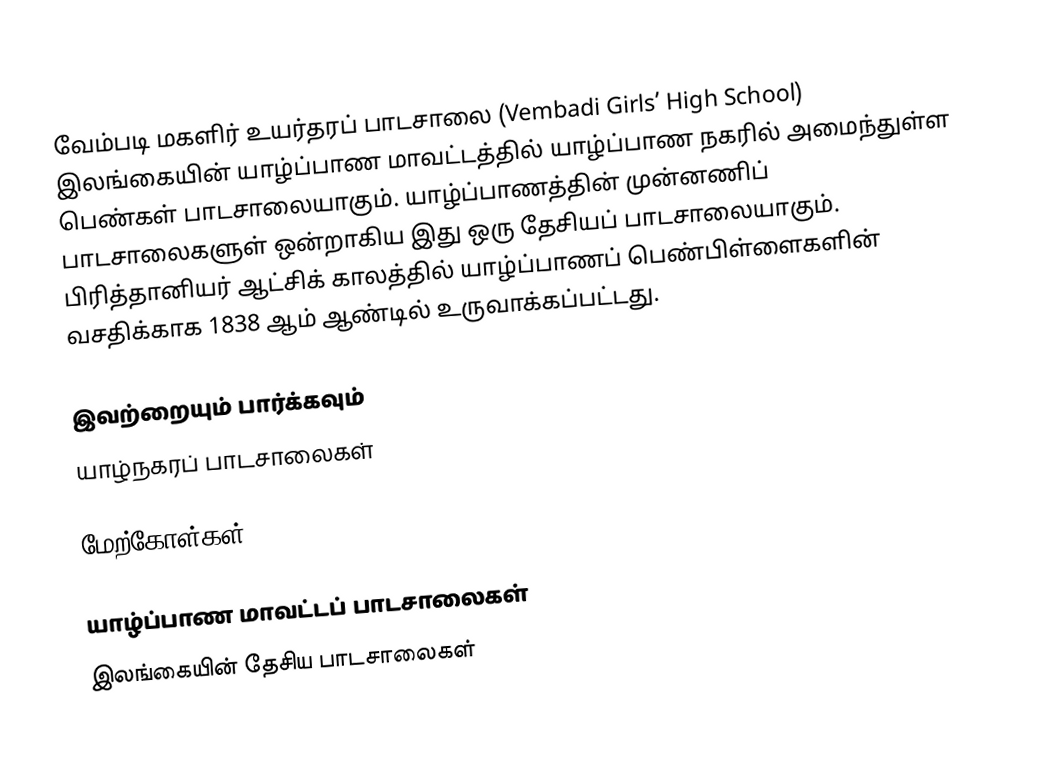
வேம்படி மகளிர் உயர்தரப் பாடசாலை (Vembadi Girls’ High School) இலங்கையின் யாழ்ப்பாண மாவட்டத்தில் யாழ்ப்பாண நகரில் அமைந்துள்ள பெண்கள் பாடசாலையாகும். யாழ்ப்பாணத்தின் முன்னணிப் பாடசாலைகளுள் ஒன்றாகிய இது ஒரு தேசியப் பாடசாலையாகும். பிரித்தானியர் ஆட்சிக் காலத்தில் யாழ்ப்பாணப் பெண்பிள்ளைகளின் வசதிக்காக 1838 ஆம் ஆண்டில் உருவாக்கப்பட்டது.

இவற்றையும் பார்க்கவும்
 யாழ்நகரப் பாடசாலைகள்

மேற்கோள்கள்

யாழ்ப்பாண மாவட்டப் பாடசாலைகள்
இலங்கையின் தேசிய பாடசாலைகள்